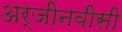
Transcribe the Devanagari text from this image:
अर्जीनवीसी